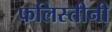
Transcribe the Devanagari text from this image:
फलिस्तीनी